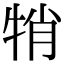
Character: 𤙜